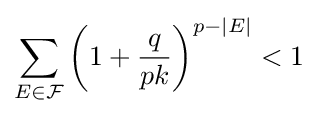
\sum _{E\in {\mathcal {F}}}\left(1+{q \over pk}\right)^{p-|E|}<1